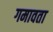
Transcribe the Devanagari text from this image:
गमावता